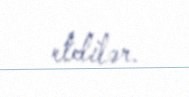
etdilər.